Annual administration report of the Civil Veterinary Department of India - 1898-1899
Year: 1898
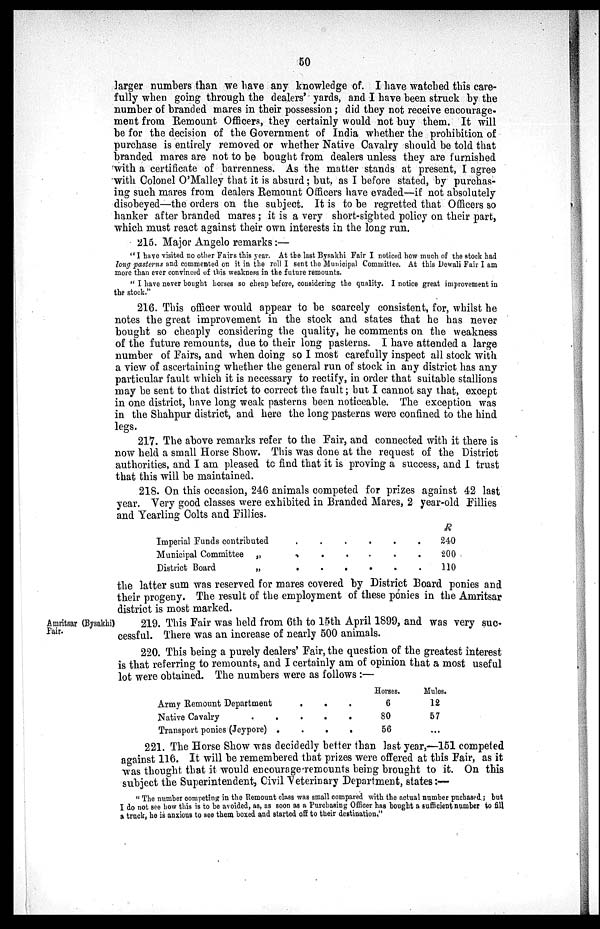
50
larger numbers than we have any knowledge of. I have watched this care-
fully when going through the dealers' yards, and I have been struck by the
number of branded mares in their possession; did they not receive encourage-
ment from Remount Officers, they certainly would not buy them. It will
be for the decision of the Government of India whether the prohibition of
purchase is entirely removed or whether Native Cavalry should be told that
branded mares are not to be bought from dealers unless they are furnished
with a certificate of barrenness. As the matter stands at present, I agree
with Colonel O'Malley that it is absurd; but, as I before stated, by purchas-
ing such mares from dealers Remount Officers have evaded—if not absolutely
disobeyed—the orders on the subject. It is to be regretted that Officers so
hanker after branded mares; it is a very short-sighted policy on their part,
which must react against their own interests in the long run.
215. Major Angelo remarks:—
"I have visited no other Fairs this year. At the last Bysakhi Fair I noticed how much of the stock had
long pasterns and commented on it in the roll I sent the Municipal Committee. At this Dewali Fair I am
more than ever convinced of this weakness in the future remounts.
"I have never bought horses so cheap before, considering the quality. I notice great improvement in
the stock."
216. This officer would appear to be scarcely consistent, for, whilst he
notes the great improvement in the stock and states that he has never
bought so cheaply considering the quality, he comments on the weakness
of the future remounts, due to their long pasterns. I have attended a large
number of Fairs, and when doing so I most carefully inspect all stock with
a view of ascertaining whether the general run of stock in any district has any
particular fault which it is necessary to rectify, in order that suitable stallions
may be sent to that district to correct the fault; but I cannot say that, except
in one district, have long weak pasterns been noticeable. The exception was
in the Shahpur district, and here the long pasterns were confined to the hind
legs.
217. The above remarks refer to the Fair, and connected with it there is
now held a small Horse Show. This was done at the request of the District
authorities, and I am pleased to find that it is proving a success, and I trust
that this will be maintained.
218. On this occasion, 246 animals competed for prizes against 42 last
year. Very good classes were exhibited in Branded Mares, 2 year-old Fillies
and Yearling Colts and Fillies.
Imperial Funds contributed . . . . . .
Municipal Committee
„ . . . . . .
District Board
„ . . . . . .
R
240
200
110
the latter sum was reserved for mares covered by District Board ponies and
their progeny. The result of the employment of these ponies in the Amritsar
district is most marked.
Amritsar (Bysakhi)
Fair.
219. This Fair was held from 6th to l5th April 1899, and was very suc-
cessful. There was an increase of nearly 500 animals.
220. This being a purely dealers' Fair, the question of the greatest interest
is that referring to remounts, and I certainly am of opinion that a most useful
lot were obtained. The numbers were as follows:—
Army Remount Department . . . . . .
Native Cavalry . . . . . .
Transport ponies (Jeypore) . . . . . .
Horses.
6
80
56
Mules.
12
57
...
221. The Horse Show was decidedly better than last year,—151 competed
against 116. It will be remembered that prizes were offered at this Fair, as it
was thought that it would encourage remounts being brought to it. On this
subject the Superintendent, Civil Veterinary Department, states:—
"The number competing in the Remount class was small compared with the actual number puchased; but
I do not see how this is to be avoided, as, as soon as a Purchasing Officer has bought a sufficient number to fill
a truck, he is anxious to see them boxed and started off to their destination."